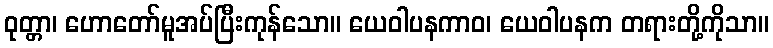
ဝုတ္တာ၊ ဟောတော်မူအပ်ပြီးကုန်သော။ ယေဝါပနကာဝ၊ ယေဝါပနက တရားတို့ကိုသာ။